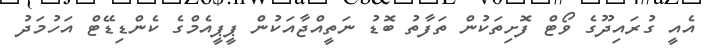
އެއީ ގުރައިދޫގެ ވޯޓް ފޮށިތަކުން ތަފާތު ބޮޑު ނަތީއްޖާއަކުން ޕީޕީއެމްގެ ކެންޑިޑޭޓް އަހުމަދު